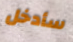
سأدخل